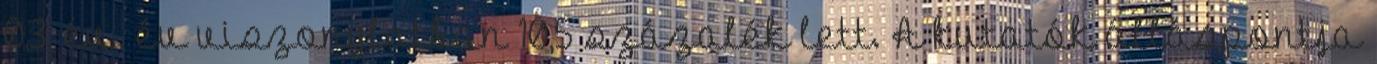
0,3, év év viszonylatban 10,5 százalék lett. A kutatók álláspontja